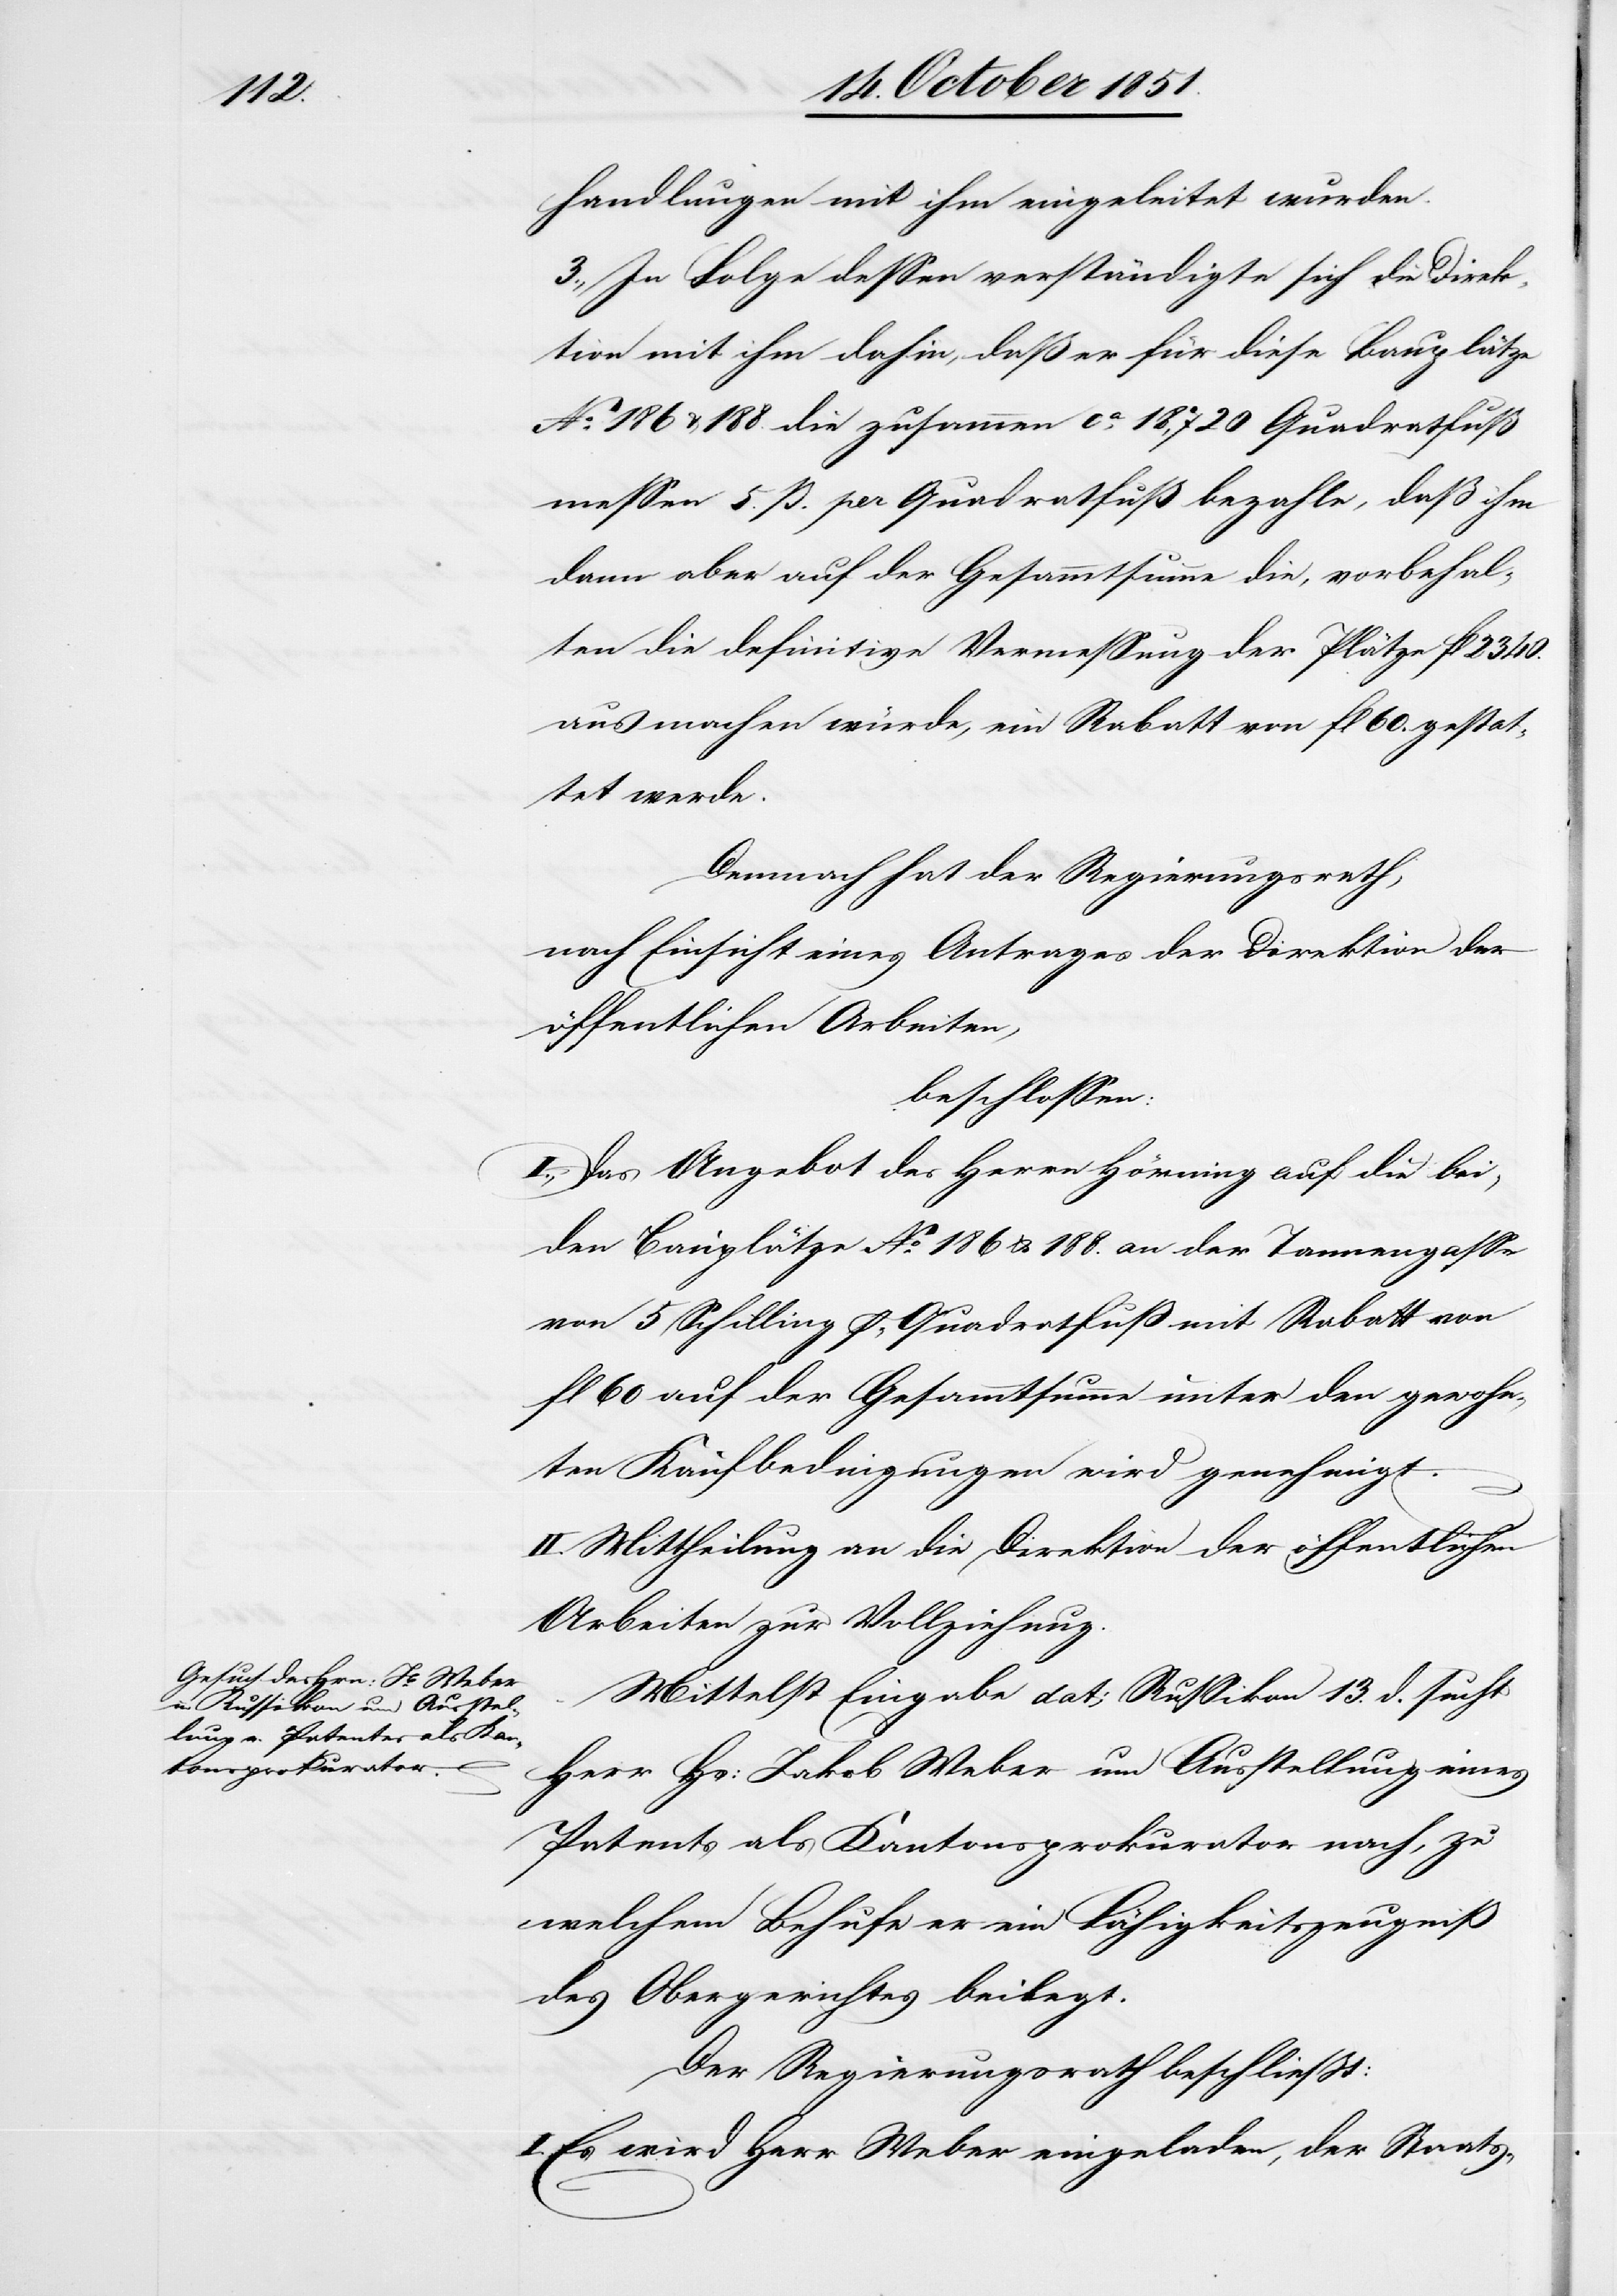
handlungen mit ihm eingeleitet wurden.
3., In Folge dessen verständigte sich die Direk¬
tion mit ihm dahin, daß er für diese Bauplätze
No. 186 & 188. die zusammen ca. 18,720 Quadratfuß
messen 5. ß. per Quadratfuß bezahle, daß ihm
dann aber auf der Gesammtsumme die, vorbehal¬
ten die definitive Vermessung der Plätze fl 2340.
ausmachen würde, ein Rabatt von fl 60. gestat¬
tet werde.
Demnach hat der Regierungsrath,
nach Einsicht eines Antrages der Direktion der
öffentlichen Arbeiten,
beschlossen:
I., Das Angebot des Herrn Hörning auf die bei¬
den Bauplätze No. 186 & 188. an der Tannengasse
von 5 Schilling p. Quadratfuß mit Rabatt von
fl 60 auf der Gesammtsumme unter den gewohn¬
ten Kaufbedingungen wird genehmigt.
II. Mittheilung an die Direktion der öffentlichen
Arbeiten zur Vollziehung.
Mittelst Eingabe dat; Russikon 13. d. sucht
Herr Hs: Jakob Weber um Ausstellung eines
Patents als Kantonsprokurator nach, zu
welchem Behufe er ein Fähigkeitszeugniß
des Obergerichtes beilegt.
Der Regierungsrath beschließt:
I. Es wird Herr Weber eingeladen, der Staats-